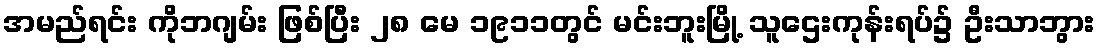
အမည်ရင်း ကိုဘဂျမ်း ဖြစ်ပြီး ၂၈ မေ ၁၉၁၁တွင် မင်းဘူးမြို့ သူဌေးကုန်းရပ်၌ ဦးသာဘွား